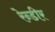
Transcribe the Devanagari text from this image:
रेन्डीर